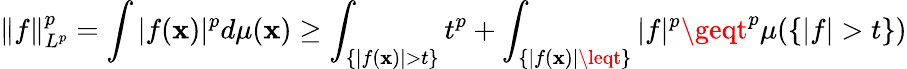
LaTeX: \| f\| _{L^{p}}^{p}=\int|f(\mathbf{x})|^{p}d\mu(\mathbf{x})\geq\int_{\{ |f(\mathbf{x})|>t\} }t^{p}+\int_{\{ |f(\mathbf{x})|\leqt\} }|f|^{p}\geqt^{p}\mu(\{ |f|>t\} )